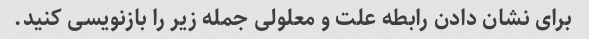
برای نشان دادن رابطه علت و معلولی جمله زیر را بازنویسی کنید.